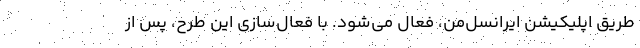
طریق اپلیکیشن ایرانسل‌من، فعال می‌شود. با فعال‌سازی این طرح، پس از